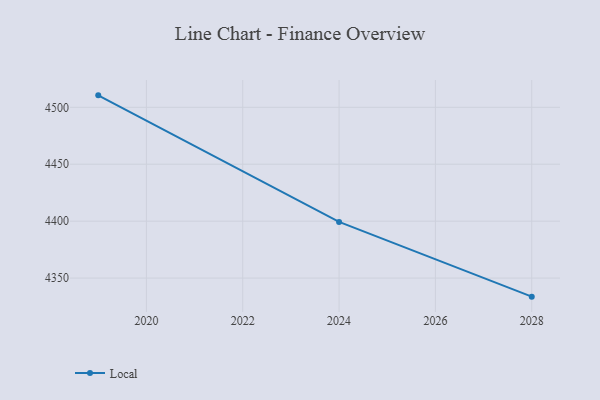
{"axis": {"x": "Year", "y": "Tickets Resolved"}, "legend": ["Local"], "data": [{"x": "2019", "y": 4510.5, "type": "Local"}, {"x": "2024", "y": 4399.3, "type": "Local"}, {"x": "2028", "y": 4333.7, "type": "Local"}]}